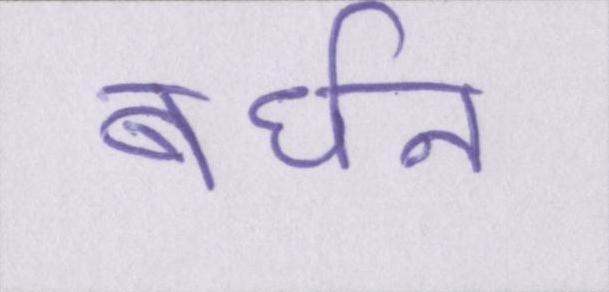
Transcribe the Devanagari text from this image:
बर्धन